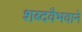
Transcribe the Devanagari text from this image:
शब्दवैभवाने